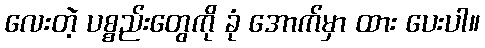
လေးတဲ့ ပစ္စည်းတွေကို ခုံ အောက်မှာ ထား ပေးပါ။